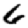
Digit: 6